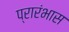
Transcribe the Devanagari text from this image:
प्रारंभास